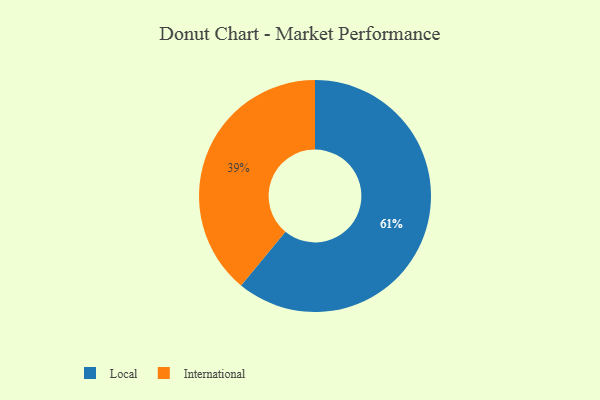
{"axis": {"x": "Category", "y": "Percentage"}, "legend": ["International", "Local"], "data": [{"x": "International", "y": 39, "type": "International"}, {"x": "Local", "y": 61, "type": "Local"}]}